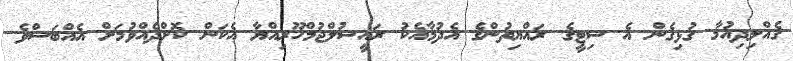
ގެއްލިދިއުމާ ގުޅިގެން އެ ސިޓީގެ ރައްޔިތުންގެ އެދުމާއެކު ރައީސުލްޖުމްހޫރިއްޔާ އެކަން ކޮށްދެއްވުމަށް އެއްބަސްވެ